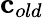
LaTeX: {\mathbf c}_{old}